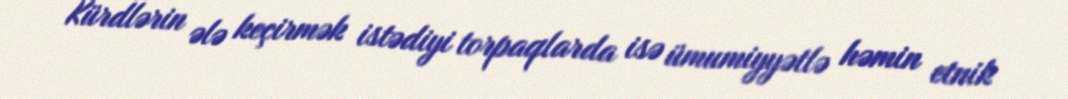
Kürdlərin ələ keçirmək istədiyi torpaqlarda isə ümumiyyətlə həmin etnik